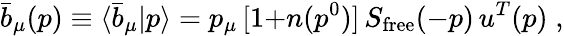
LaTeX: \bar{b}_{\mu}(p)\equiv\langle\bar{b}_{\mu}|p\rangle=p_{\mu}\, [1{+}n(p^{0})]\, S_{\mathrm{free}}(-p)\, u^{T}(p)\; ,